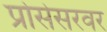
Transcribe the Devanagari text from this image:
प्रोसेसरवर